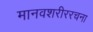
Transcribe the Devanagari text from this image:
मानवशरीररचना